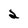
Character: 2